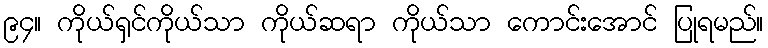
၉၄။ ကိုယ်ရှင်ကိုယ်သာ ကိုယ်ဆရာ ကိုယ်သာ ကောင်းအောင် ပြုရမည်။